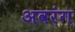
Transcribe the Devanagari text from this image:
अवरंग